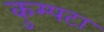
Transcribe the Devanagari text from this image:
कुम्पटा